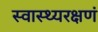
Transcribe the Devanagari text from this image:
स्वास्थ्यरक्षणं